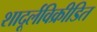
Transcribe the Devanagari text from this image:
शादूर्लविक्रीडित